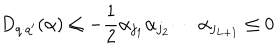
LaTeX: D _ { q \cdot q ^ { \prime } } ( \alpha ) \leq - \frac 1 2 \alpha _ { j _ { 1 } } \alpha _ { j _ { 2 } } \cdots \alpha _ { j _ { L + 1 } } \leq 0